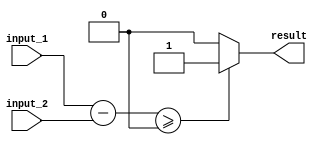
module greater_than_or_equal_to_comparator (
    input [7:0] input_1,
    input [7:0] input_2,
    output reg result
);

reg [7:0] difference;

always @(*) begin
    difference = input_1 - input_2;
    if (difference >= 0) begin
        result = 1;
    end else begin
        result = 0;
    end
end

endmodule